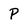
Character: P